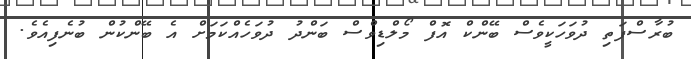
ބުރާސްފަތި ދުވަހަކީވެސް ބޭންކް އޮފް މޯލްޑިވްސް ބަންދު ދުވަހެއްކަމަށް އެ ބޭންކުން ބުނެފިއެވެ.